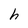
Character: h